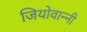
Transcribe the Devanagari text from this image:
जियोवान्नी